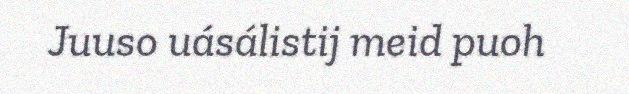
Juuso uásálistij meid puoh